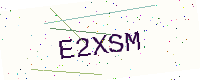
Text: E2XSM